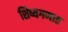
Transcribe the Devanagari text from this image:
शिष्यगणात